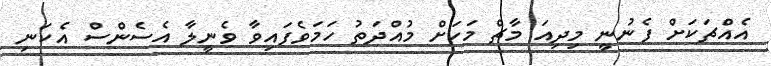
އެއްޗަކަށް ފެނުނީ މިދިއަ މާޗް މަހަށް މުއްދަތު ހަމަވެފައިވާ ވެނީލާ އެސެންސް އެކަނި